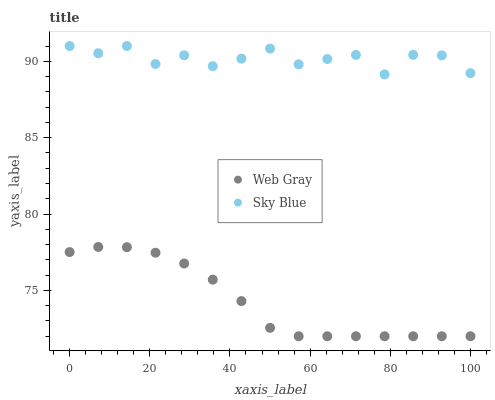
| xaxis_label | Web Gray | Sky Blue |
 | --- | --- | --- |
 | 0 | 77.5 | 91 |
 | 7.14 | 77.8 | 90.5 |
 | 14.3 | 77.8 | 91 |
 | 21.4 | 77.5 | 89.8 |
 | 28.6 | 76.8 | 90.4 |
 | 35.7 | 75.7 | 89.7 |
 | 42.9 | 74.3 | 90.2 |
 | 50 | 72.6 | 90.8 |
 | 57.1 | 72 | 89.8 |
 | 64.3 | 72 | 90.1 |
 | 71.4 | 72 | 90.4 |
 | 78.6 | 72 | 89.1 |
 | 85.7 | 72 | 90.4 |
 | 92.9 | 72 | 90.4 |
 | 100 | 72 | 89.2 |